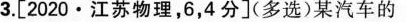
3.[2020·江苏物理，6，4分](多选)某汽车的